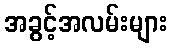
အခွင့်အလမ်းများ